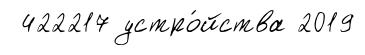
422217 устро́йства 2019